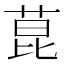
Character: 菎